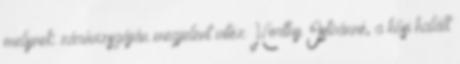
melynek záróvizsgáján megjelent vitéz Horthy Istvánné, a hősi halált